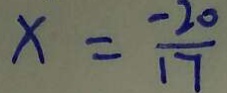
x = \frac { - 2 0 } { 1 7 }